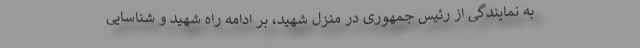
به نمایندگی از رئیس جمهوری در منزل شهید، بر ادامه راه شهید و شناسایی